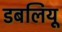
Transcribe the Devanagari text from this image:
डबलियू